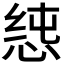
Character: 𭝉